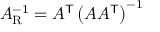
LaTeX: A _ { \mathrm { R } } ^ { - 1 } = A ^ { \mathsf { T } } \left( A A ^ { \mathsf { T } } \right) ^ { - 1 }